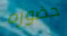
حضوره